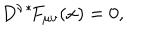
LaTeX: D ^ { \nu } { } ^ { * } \! F _ { \mu \nu } ( x ) = 0 ,